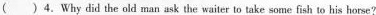
( )4. Why did the old man ask the waiter to take some fish to his horse?